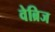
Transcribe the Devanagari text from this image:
वेब्रिज